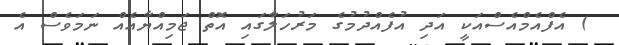
) އެފްއެމްއެސްއަކީ އަދި އުފެއްދުމުގެ މަރުހަލާގައި އޮތް ޖަމިއްޔާއެއް ނަމަވެސް އެ